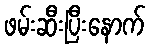
ဖမ်းဆီးပြီးနောက်